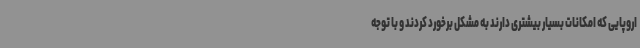
اروپایی که امکانات بسیار بیشتری دارند به مشکل برخورد کردند و با توجه